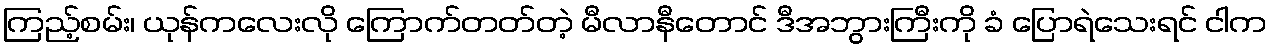
ကြည့်စမ်း၊ ယုန်ကလေးလို ကြောက်တတ်တဲ့ မီလာနီတောင် ဒီအဘွားကြီးကို ခံ ပြောရဲသေးရင် ငါက